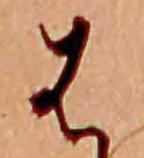
は